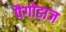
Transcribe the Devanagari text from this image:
पैगोडाज